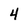
Character: 4